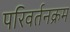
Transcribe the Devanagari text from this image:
परिवर्तनक्रम